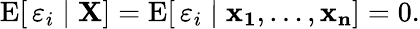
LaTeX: \operatorname{E}[\, \varepsilon_{i}\mid\mathbf{X}]=\operatorname{E}[\, \varepsilon_{i}\mid\mathbf{x_{1}},\dots,\mathbf{x_{n}}]=0.